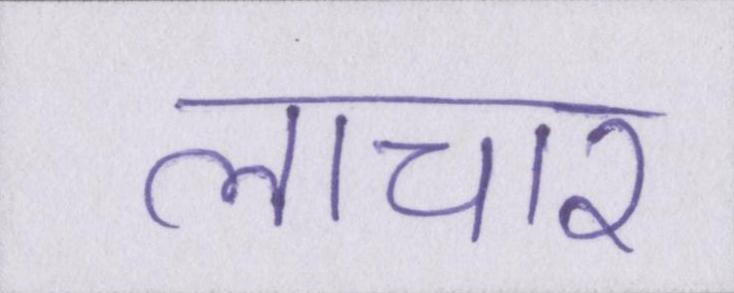
लाचार